Report of the Imperial Institute of Veterinary Research, Muktesar
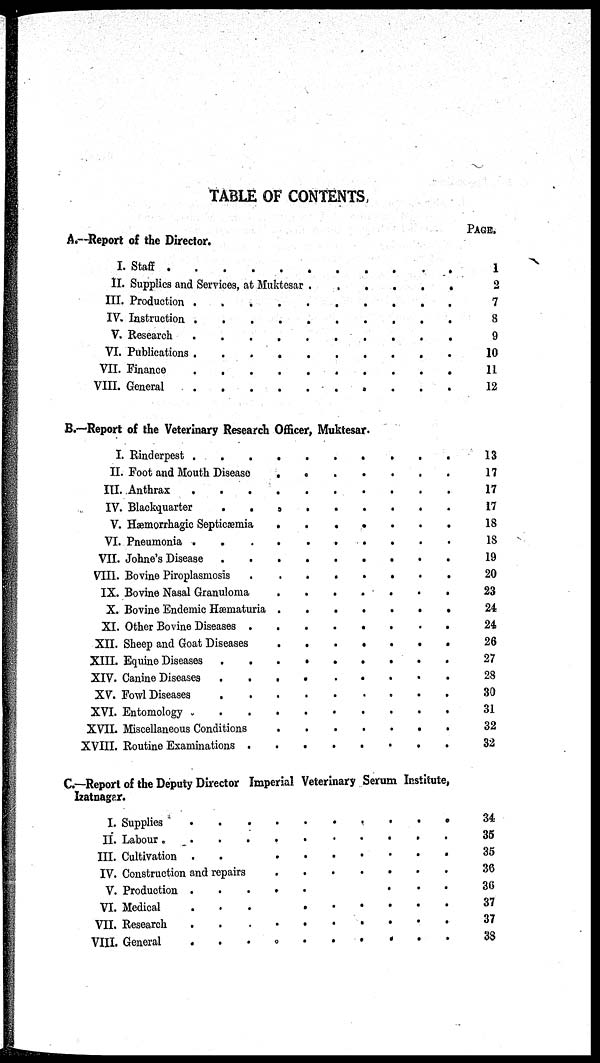
TABLE OF CONTENTS
A.-Report of the Director.
I
II.
III.
IV.
V.
VI.
VII.
VIII.
Staff .
.
.
.
.
.
Supplies and Services, at Muktesar .
Production
Instruction.
Researeh
Publications
Finance
General
.
.
.
.
.
.
.
.
.
.
.
.
.
.
.
.
.
.
.
.
.
.
.
.
.
.
.
.
.
.
.
.
.
.
.
.
.
.
.
.
.
.
.
.
.
.
.
.
.
.
.
.
.
.
.
.
.
.
.
.
.
.
.
.
.
.
.
.
.
PAGE.
1
2
7
8
9
10
11
12
B.—Report of the Veterinary Research Officer, Muktesar.
I. Rinderpest . .
.
II. Foot and Mouth Disease
III. Anthrax
.
.
IV. Blackquarter
.
.
.
V. Hæmorrhagic Septicæmia
VI. Pneumonia . .
VII. Johne's Disease
VIII. Bovine Piroplasmosis
.
.
.
IX. Bovine Nasal Granuloma
X. Bovine Endemic Hæmaturia
XI. Other Bovine Diseases .
XII. Sheep and Goat Diseases
XIII. Equine Diseases
XIV. Canine Diseases
XV. Fowl Diseases
.
XVI. Entomology
.
.
.
.
.
XVIL Miscellaneous Conditions
XVIII. Routine Examinations .
.
.
.
.
.
.
.
.
.
.
.
.
.
.
.
.
.
.
.
.
.
.
.
.
.
.
.
.
.
.
.
.
.
.
.
.
.
.
.
.
.
.
.
.
.
.
.
.
.
.
.
.
.
.
.
.
.
.
.
.
.
.
.
.
.
.
.
.
.
.
.
.
.
.
.
.
.
.
.
.
.
.
.
.
.
.
.
.
.
.
.
.
.
.
.
.
.
.
.
.
.
.
.
.
.
.
.
.
.
.
.
.
.
.
.
.
.
.
.
.
.
.
.
.
.
.
13
17
17
17
18
18
10
20
23
24
24
26
27
28
30
31
32
32
C.-Report of the Deputy Director Imperial Veterinary Serum Institute,
Izatnagar.
I.
II.
III.
IV.
V.
VI.
VII.
VIII.
Supplies
Labour
Cultivation
.
.
.
.
.
.
.
.
Construction and repairs
Production
Medical
Research
General
.
.
.
.
.
.
.
.
.
.
.
.
.
.
.
.
.
.
.
.
.
.
.
.
.
.
.
.
.
.
.
.
.
.
.
.
.
.
.
.
.
.
.
.
.
.
.
.
.
.
.
.
.
.
.
.
.
.
.
.
.
.
.
.
.
34
35
35
36
36
37
37
38